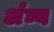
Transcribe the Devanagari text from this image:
र्अघ्य